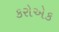
કરોએક